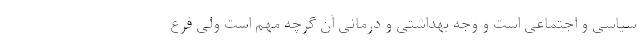
سیاسی و اجتماعی است و وجه بهداشتی و درمانی آن گرچه مهم است ولی فرع